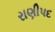
રાણીપદ